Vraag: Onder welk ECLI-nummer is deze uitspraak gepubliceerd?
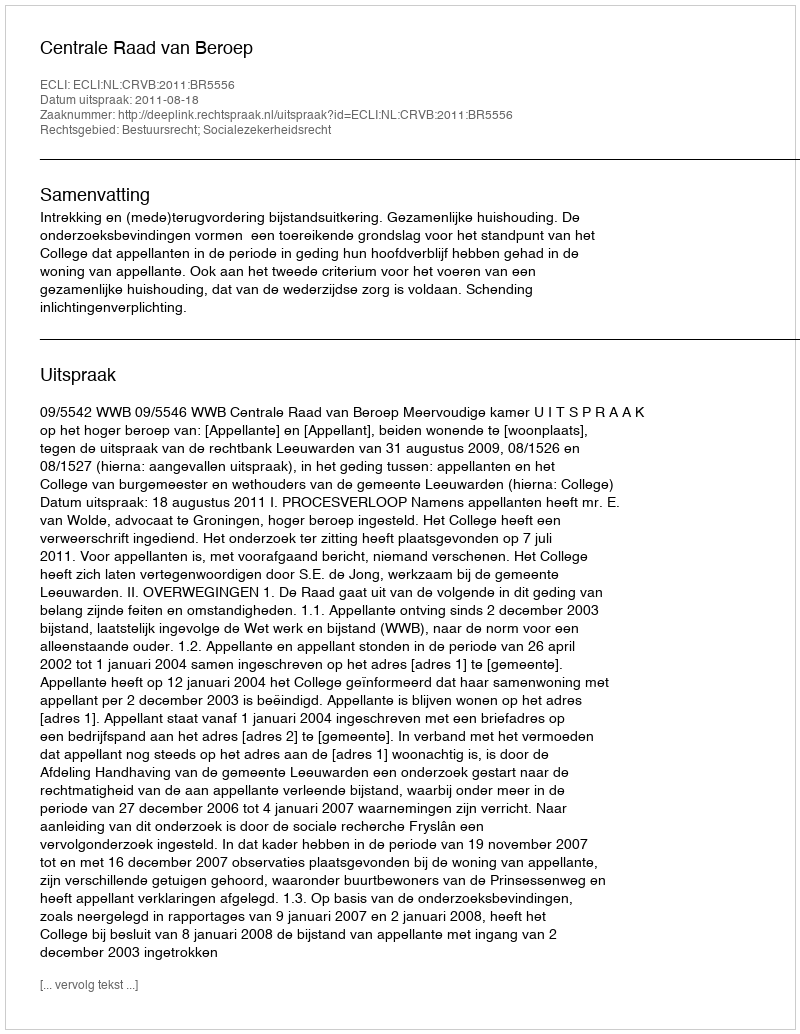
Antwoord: ECLI:NL:CRVB:2011:BR5556